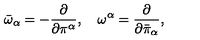
{ \bar { \omega } } _ { \alpha } = - \frac { \partial } { \partial \pi ^ { \alpha } } , \quad { \omega } ^ { \alpha } = \frac { \partial } { \partial { \bar { \pi } } _ { \alpha } } ,